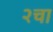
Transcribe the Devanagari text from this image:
२चा